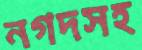
নগদসহ